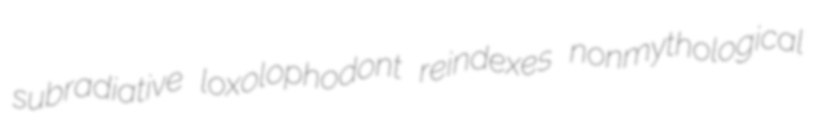
subradiative loxolophodont reindexes nonmythological